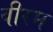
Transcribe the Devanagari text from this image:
वीरम